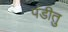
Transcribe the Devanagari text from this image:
पंडीतु